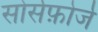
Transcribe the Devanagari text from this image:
सोर्सफ़ोर्ज